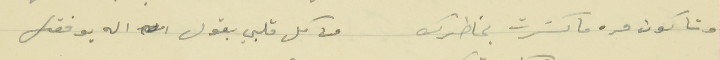
وتاكون مره ما كسَرت بخاطرك                        من كل قلبي بقول الله يوفقك